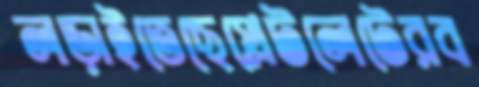
লড়াইতেছেপ্লেটলেটেরব